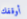
أوقفك